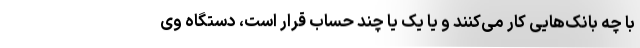
با چه بانک‌هایی کار می‌کنند و یا یک یا چند حساب قرار است، دستگاه وی